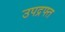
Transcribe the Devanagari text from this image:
उपद्रफ्त